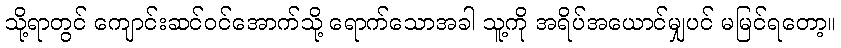
သို့ရာတွင် ကျောင်းဆင်ဝင်အောက်သို့ ရောက်သောအခါ သူ့ကို အရိပ်အယောင်မျှပင် မမြင်ရတော့။